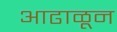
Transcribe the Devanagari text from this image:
आढाळून